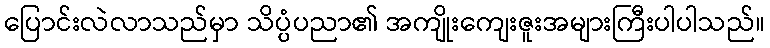
ပြောင်းလဲလာသည်မှာ သိပ္ပံပညာ၏ အကျိုးကျေးဇူးအများကြီးပါပါသည်။